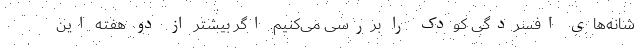
شانه‌های افسردگی کودک را بررسی می‌کنیم. اگر بیشتر از دو هفته این